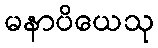
မနာပိယေသု